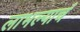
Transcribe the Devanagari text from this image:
लाभल्याचं